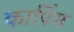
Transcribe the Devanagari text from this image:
कार्पिस